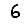
Digit: 6